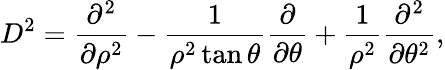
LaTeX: D^{2}=\frac{\partial^{2}}{\partial\rho^{2}}-\frac{1}{\rho^{2}\tan\theta}\frac{\partial}{\partial\theta}+\frac{1}{\rho^{2}}\frac{\partial^{2}}{\partial\theta^{2}},